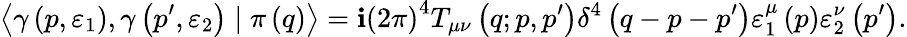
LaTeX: \left\langle\gamma\left(p,\varepsilon_{1}\right),\gamma\left(p^{\prime},\varepsilon_{2}\right)\mid\pi\left(q\right)\right\rangle=\mathbf{i}\left(2\pi\right)^{4}T_{\mu\nu}\left(q;p,p^{\prime}\right)\delta^{4}\left(q-p-p^{\prime}\right)\varepsilon_{1}^{\mu}\left(p\right)\varepsilon_{2}^{\nu}\left(p^{\prime}\right).